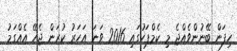
ހިފަން ބޭނުންވެއްޖެ މި ކެމްޕަހުގައި 2016 ވަނަ އަހަރު ކުރަން ޖެހޭ އެއްގަމު